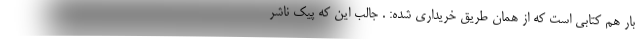
بار هم کتابی است که از همان طریق خریداری شده: . جالب این که پیک ناشر